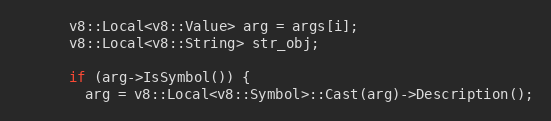
Language: C++
      v8::Local<v8::Value> arg = args[i];
      v8::Local<v8::String> str_obj;

      if (arg->IsSymbol()) {
        arg = v8::Local<v8::Symbol>::Cast(arg)->Description();